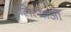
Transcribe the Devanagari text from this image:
लित्याओं